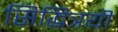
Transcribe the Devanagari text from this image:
सिद्धित्रयी